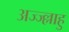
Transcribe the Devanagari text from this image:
अज्ज्ल्लाहु